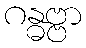
ဂန္ဓဗ္ဗာ